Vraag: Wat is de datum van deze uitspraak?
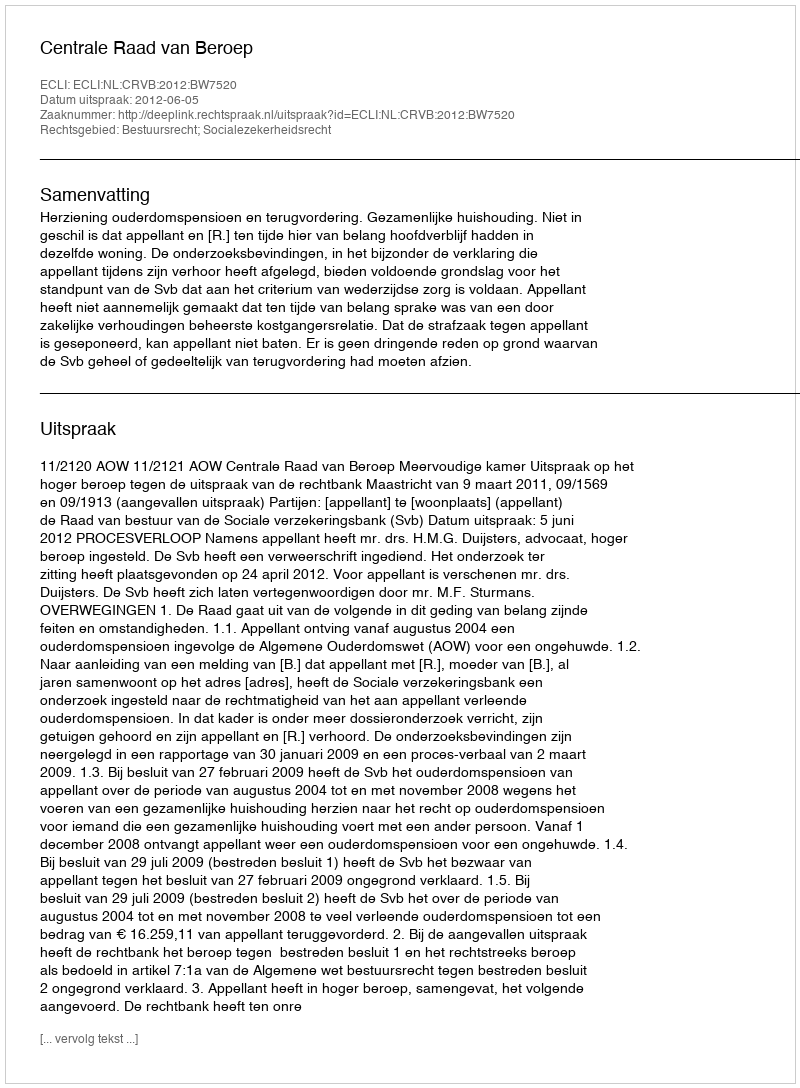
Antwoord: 2012-06-05